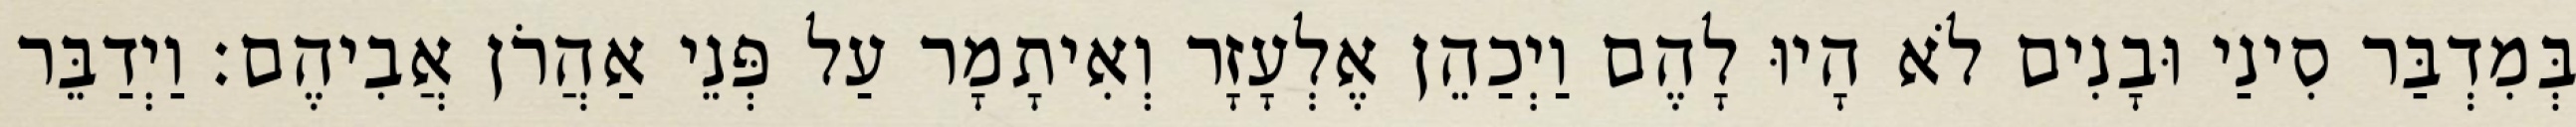
בְּמִדְבַּר סִינַי וּבָנִים לֹא הָיוּ לָהֶם וַיְכַהֵן אֶלְעָזָר וְאִיתָמָר עַל פְּנֵי אַהֲרֹן אֲבִיהֶם׃ וַיְדַבֵּר